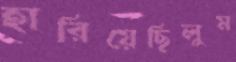
হারিয়েছিলুম